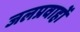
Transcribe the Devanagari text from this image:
जलप्रवाहों